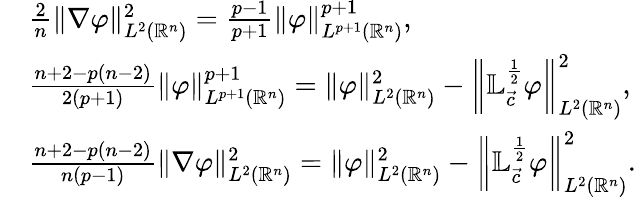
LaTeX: \begin{array}{rl}&{\frac 2n\| \nabla\varphi\| _{L^{2}({\mathbb{R}^{n}})}^{2}=\frac{p-1}{p+1}\| \varphi\| _{L^{p+1}({\mathbb{R}^{n}})}^{p+1},}\\ &{\frac{n+2-p(n-2)}{2(p+1)}\| \varphi\| _{L^{p+1}({\mathbb{R}^{n}})}^{p+1}=\| \varphi\| _{L^{2}({\mathbb{R}^{n}})}^{2}-\left\| \mathbb{L}_{\vec{c}}^{\frac 12}\varphi\right\| _{L^{2}({\mathbb{R}^{n}})}^{2},}\\ &{\frac{n+2-p(n-2)}{n(p-1)}\| \nabla\varphi\| _{L^{2}({\mathbb{R}^{n}})}^{2}=\| \varphi\| _{L^{2}({\mathbb{R}^{n}})}^{2}-\left\| \mathbb{L}_{\vec{c}}^{\frac 12}\varphi\right\| _{L^{2}({\mathbb{R}^{n}})}^{2}.}\end{array}